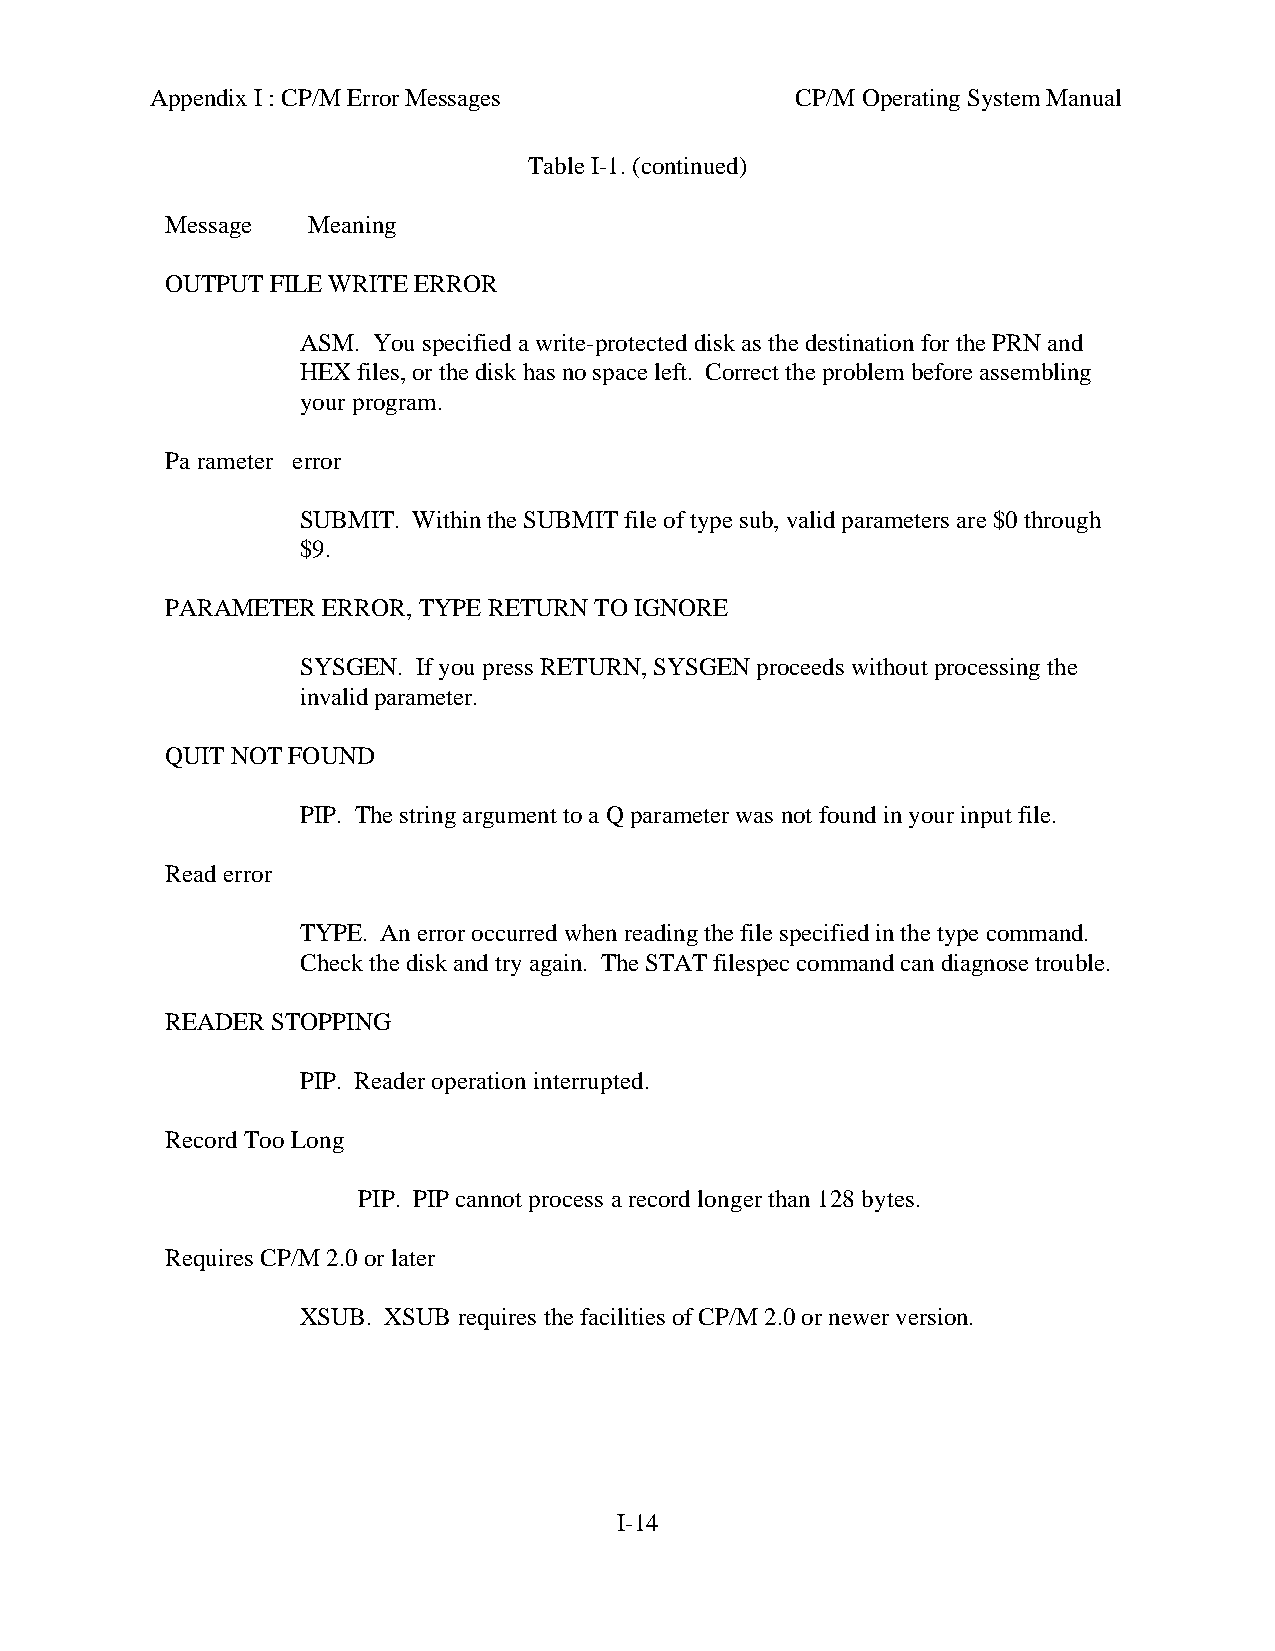
Appendix I : CP/M Error Messages           CP/M Operating System Manual
 Table I-1. (continued)
 Message  Meaning
 OUTPUT FILE WRITE ERROR
 ASM. You specified a write-protected disk as the destination for the PRN and
 HEX files, or the disk has no space left. Correct the problem before assembling
 your program.
 Pa rameter error
 SUBMIT. Within the SUBMIT file of type sub, valid parameters are $0 through
 $9.
 PARAMETER ERROR, TYPE RETURN TO IGNORE
 SYSGEN. If you press RETURN, SYSGEN proceeds without processing the
 invalid parameter.
 QUIT NOT FOUND
 PIP. The string argument to a Q parameter was not found in your input file.
 Read error
 TYPE. An error occurred when reading the file specified in the type command.
 Check the disk and try again. The STAT filespec command can diagnose trouble.
 READER STOPPING
 PIP. Reader operation interrupted.
 Record Too Long
 PIP. PIP cannot process a record longer than 128 bytes.
 Requires CP/M 2.0 or later
 XSUB. XSUB requires the facilities of CP/M 2.0 or newer version.
 I-14